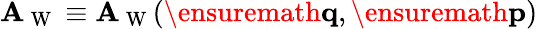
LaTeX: \mathbf{A}_{\mathrm{{~W~}}}\equiv\mathbf{A}_{\mathrm{{~W~}}}(\ensuremath{{\mathbf{{q}}}},\ensuremath{{\mathbf{{p}}}})